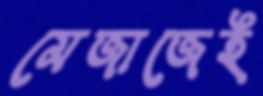
মেজাজেই